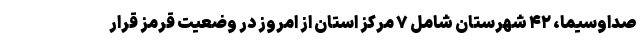
صداوسیما، ۴۲ شهرستان شامل ۷ مرکز استان از امروز در وضعیت قرمز قرار